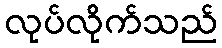
လုပ်လိုက်သည်